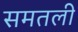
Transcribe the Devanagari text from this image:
समतली